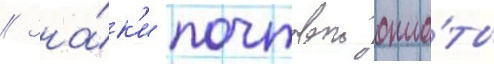
// Зна́к'и почтовои опла́ты